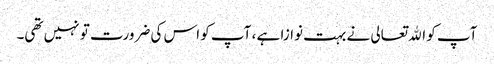
آپ کو اﷲتعالی نے بہت نوازا ہے ، آپ کو اس کی ضرورت تو نہیں تھی۔